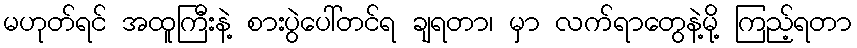
မဟုတ်ရင် အထူကြီးနဲ့ စားပွဲပေါ်တင်ရ ချရတာ၊ မှာ လက်ရာတွေနဲ့မို့ ကြည့်ရတာ